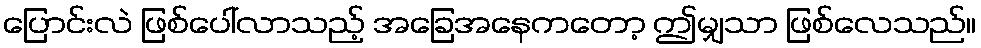
ပြောင်းလဲ ဖြစ်ပေါ်လာသည့် အခြေအနေကတော့ ဤမျှသာ ဖြစ်လေသည်။